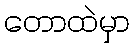
တောထဲမှာ